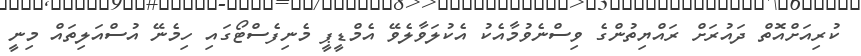
ކުރިއަށްއޮތް ދައުރަށް ރައްޔިތުންގެ ވިސްނެވުމާއެކު އެކުލަވާލެވޭ އެމްޑީޕީ މެނިފެސްޓޯގައި ހިމެނޭ އުސްއަލިތައް މިނީ